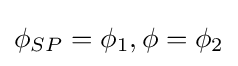
\phi _{SP}=\phi _{1},\phi =\phi _{2}